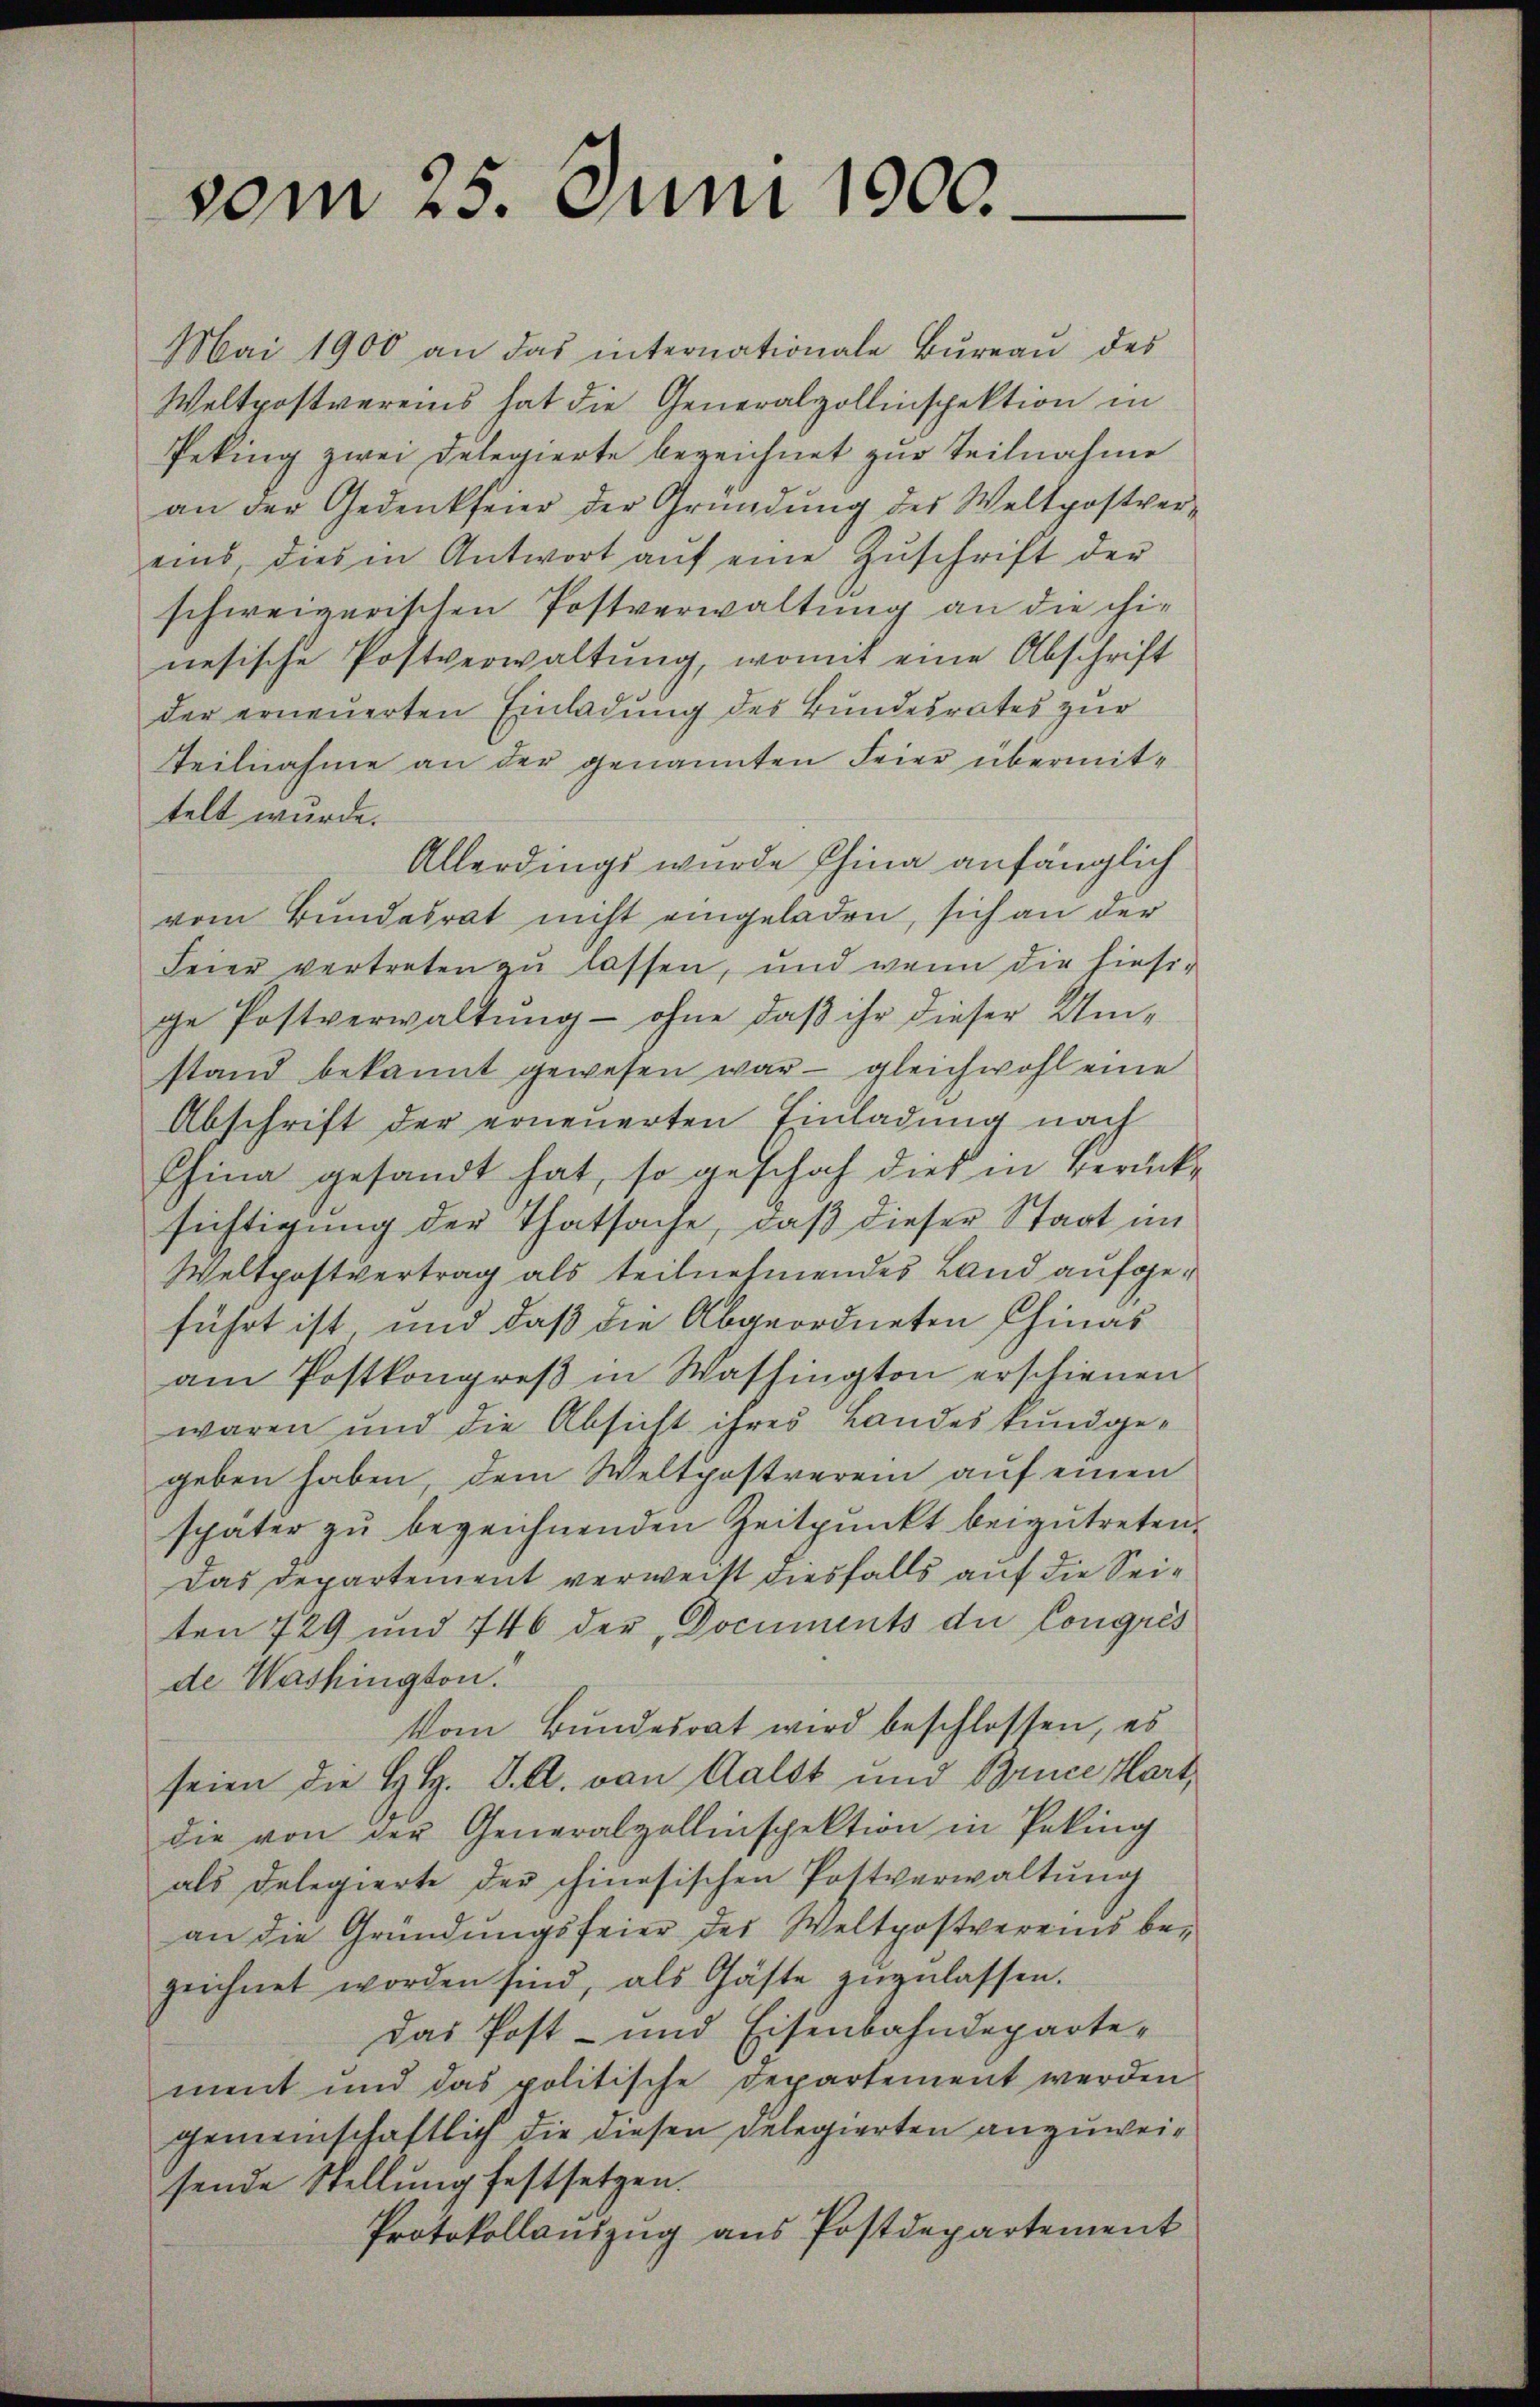
vom 25. Juni 1900.

Mai 1900 an das internationale Büreaŭ des
Weltpostvereins hat die Generalpollinspektion in
Peking zwei Delegierte bezeichnet zur Teilnahme
an der Gedenkfeier der Gründŭng des Weltpostver-
eins, dies in Antwort aŭf eine Zŭschrift der
schweizerischen Postverwaltung an die chinesische Postverwaltung, womit eine Abschrift
der erneuerten Einladung des Bundesrates zur
Teilnahme an der genannten Feier übermittelt wurde.
Allerdings wurde China anfänglich
vom Bundesrat nicht eingeladen, sich an der
Feier vertreten zu lassen, und wenn die hiesi-
ge Postverwaltung - ohne daß ihr dieser Umstand bekannt gewesen war - gleichwohl eine
Abschrift der erneuerten Einladung nach
China gesandt hat, so geschah dies in Berücksichtigung der Thatsache, daß dieser Staat im
Weltpostvertrag als teilnehmendes Land aufgeführt ist, und daß die Abgeordneten Chinas
am Postkongreß in Washington erschienen
waren und die Absicht ihres Landes kundgegeben haben, dem Weltpostverein auf einen
später zu bezeichnenden Zeitpunkt beizutreten.
Das Departement verweist diesfalls auf die Seiten 729 und 746 der Documents die Congres
de Washington.
Vom Bundesrat wird beschlossen, es
seien die H. H. J. A. von Gast und Bruce Hart
die von der Generalpollinspektion in Paking
als Delegierte des chinesischen Postverwaltung
an die Gründungsfeier des Weltpostvereins bezeichnet worden sind, als Gäste zŭzŭlassen.
Das Post- und Eisenbahndepartement und das politische Departement werden
gemeinschaftlich die diesen Delegierten anzuweisende Stellung festsetzen.
Protokollauszug aus Postdepartement